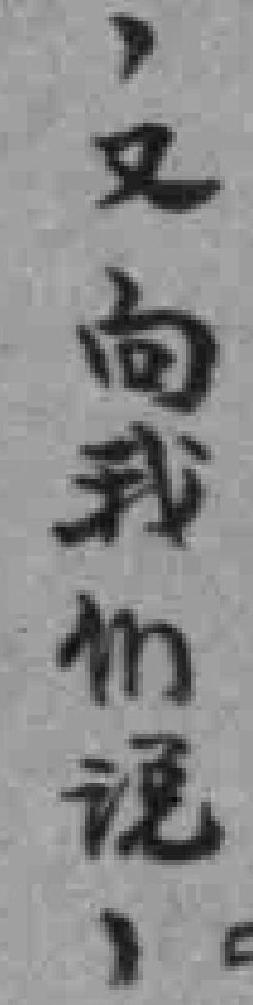
，又向我们说，